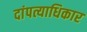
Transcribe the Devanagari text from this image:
दांपत्याधिकार